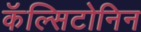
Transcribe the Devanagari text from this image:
कॅल्सिटोनिन